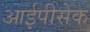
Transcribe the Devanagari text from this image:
आईपीसेक